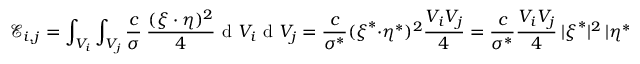
\mathcal { E } _ { i , j } = \int _ { V _ { i } } \int _ { V _ { j } } \frac { c } { \sigma } \ \frac { ( \boldsymbol { \xi } \cdot \boldsymbol { \eta } ) ^ { 2 } } { 4 } \textup { d } V _ { i } \textup { d } V _ { j } = \frac { c } { \sigma ^ { * } } ( \boldsymbol { \xi } ^ { * } \cdot \boldsymbol { \eta } ^ { * } ) ^ { 2 } \frac { V _ { i } V _ { j } } { 4 } = \frac { c } { \sigma ^ { * } } \frac { V _ { i } V _ { j } } { 4 } \ | \boldsymbol { \xi } ^ { * } | ^ { 2 } \ | \boldsymbol { \eta } ^ { * } | ^ { 2 } \cos ^ { 2 } \beta \ ,